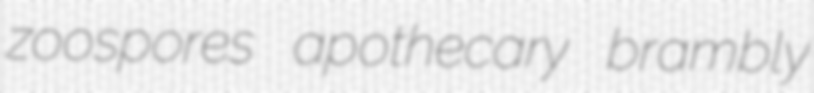
zoospores apothecary brambly